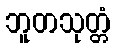
ဘူတသုတ္တံ